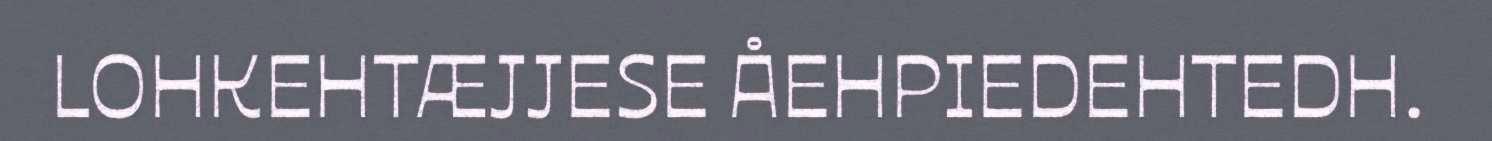
LOHKEHTÆJJESE ÅEHPIEDEHTEDH.